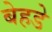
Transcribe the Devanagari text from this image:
बेहडे